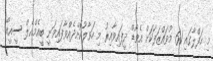
މި ހަފްލާގައި 61 މުވައްޒަފަކަށް އެވޯޑް ދީފައިިވާއިރު މި ހަވާލުކޮށްދެއްވާފައިވަނީ ބީއެމްއެލް ސީއީއޯ